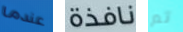
عندما نافذة تم